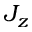
J _ { z }